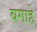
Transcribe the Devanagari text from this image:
बगाहे